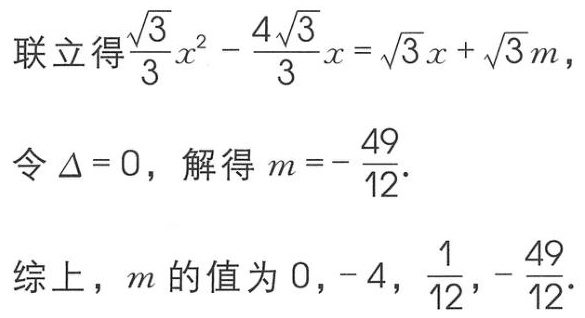
联立得$\frac{\sqrt{3}}{3}x^{2}-\frac{4\sqrt{3}}{3}x = \sqrt{3}x+\sqrt{3}m$，
令$\Delta = 0$，解得$m = -\frac{49}{12}$.
综上，$m$的值为$0,-4,\frac{1}{12},-\frac{49}{12}$.